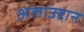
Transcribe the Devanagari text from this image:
अलाउद्दान